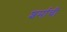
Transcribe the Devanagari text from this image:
शर्माची